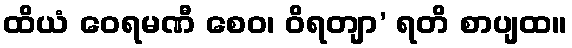
ထိယံ ဝေရမဏီ စေဝ၊ ဝိရတျာ’ ရတိ စာပျထ။